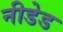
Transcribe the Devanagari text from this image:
नीडेड